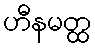
ဟီနမတ္ထ